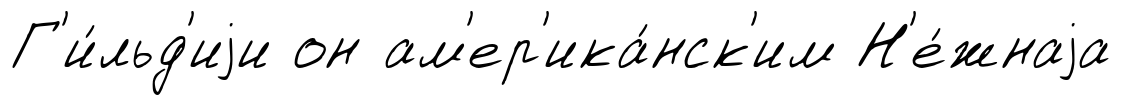
Г'и́льд'иjи он ам'ер'ика́нск'им Н'е́жнаjа